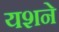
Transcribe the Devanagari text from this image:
यशने